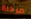
مرحلة